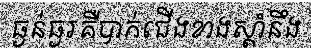
ធ្ងន់ធ្ងរគឺបាក់ជើងខាងស្តាំនឹង